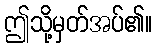
ဤသို့မှတ်အပ်၏။